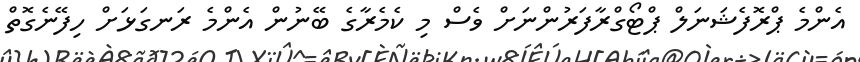
އެންމެ ޕްރޮފެޝަނަލް ޕްޓޯގްރާފަރުންނަށް ވެސް މި ކެމެރާގެ ބޭނުން އެންމެ ރަނގަޅަށް ހިފޭނެގޮތް